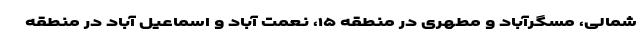
شمالی، مسگرآباد و مطهری در منطقه ۱۵، نعمت آباد و اسماعیل آباد در منطقه